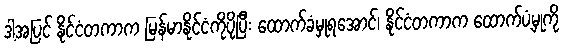
ဒါ့အပြင် နိုင်ငံတကာက မြန်မာနိုင်ငံကိုပိုပြီး ထောက်ခံမှုရအောင်၊ နိုင်ငံတကာက ထောက်ပံ့မှုကို